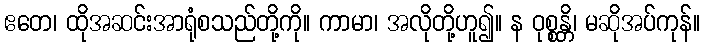
ဧတေ၊ ထိုအဆင်းအာရုံစသည်တို့ကို။ ကာမာ၊ အလိုတို့ဟူ၍။ န ဝုစ္စန္တိ၊ မဆိုအပ်ကုန်။